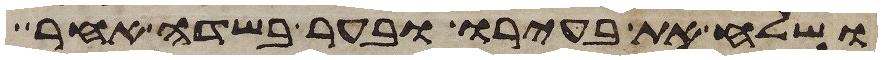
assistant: ושלח את בעירו ובער בשדה אחר